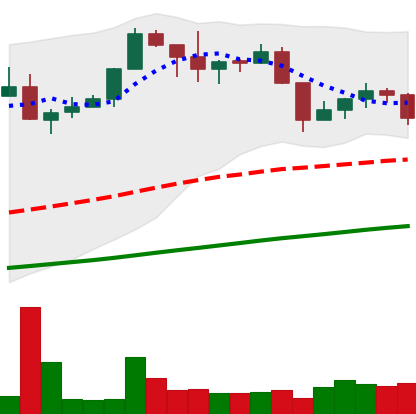
Ticker: XMR-USD
Chart end date: 2019-06-09
Forward return: 8.024%
Label: up_7plus